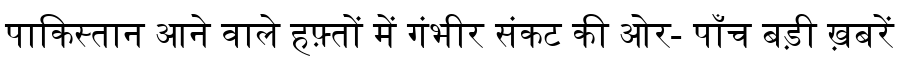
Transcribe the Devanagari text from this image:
पाकिस्तान आने वाले हफ़्तों में गंभीर संकट की ओर- पाँच बड़ी ख़बरें